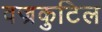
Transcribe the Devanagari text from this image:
वज्रकुटिल